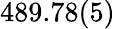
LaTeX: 489.78(5)